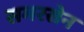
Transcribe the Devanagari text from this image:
समरसेन